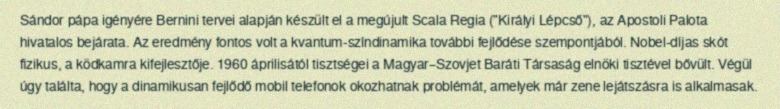
Sándor pápa igényére Bernini tervei alapján készült el a megújult Scala Regia ("Királyi Lépcső"), az Apostoli Palota hivatalos bejárata. Az eredmény fontos volt a kvantum-színdinamika további fejlődése szempontjából. Nobel-díjas skót fizikus, a ködkamra kifejlesztője. 1960 áprilisától tisztségei a Magyar–Szovjet Baráti Társaság elnöki tisztével bővült. Végül úgy találta, hogy a dinamikusan fejlődő mobil telefonok okozhatnak problémát, amelyek már zene lejátszásra is alkalmasak.